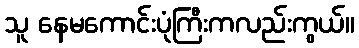
သူ နေမကောင်းပုံကြီးကလည်းကွယ်။